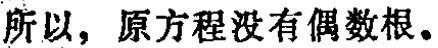
所以，原方程没有偶数根。